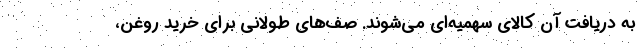
به دریافت آن کالای سهمیه‌ای می‌شوند. صف‌های طولانی برای خرید روغن،